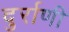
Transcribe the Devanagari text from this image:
दुर्राणी